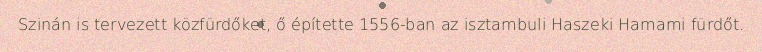
Szinán is tervezett közfürdőket, ő építette 1556-ban az isztambuli Haszeki Hamami fürdőt.